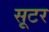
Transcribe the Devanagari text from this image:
सूटर